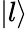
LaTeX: |l\rangle